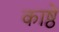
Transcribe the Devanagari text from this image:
काष्ठें